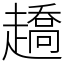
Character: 趫